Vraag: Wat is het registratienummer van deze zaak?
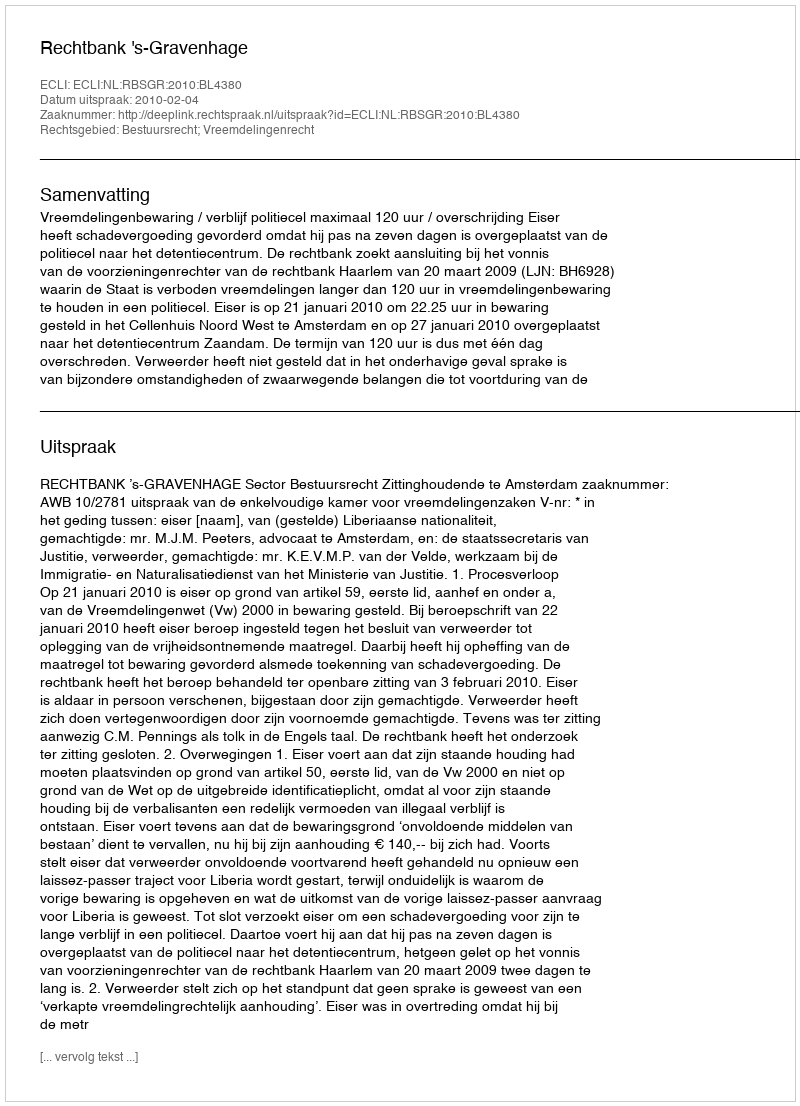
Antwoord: http://deeplink.rechtspraak.nl/uitspraak?id=ECLI:NL:RBSGR:2010:BL4380